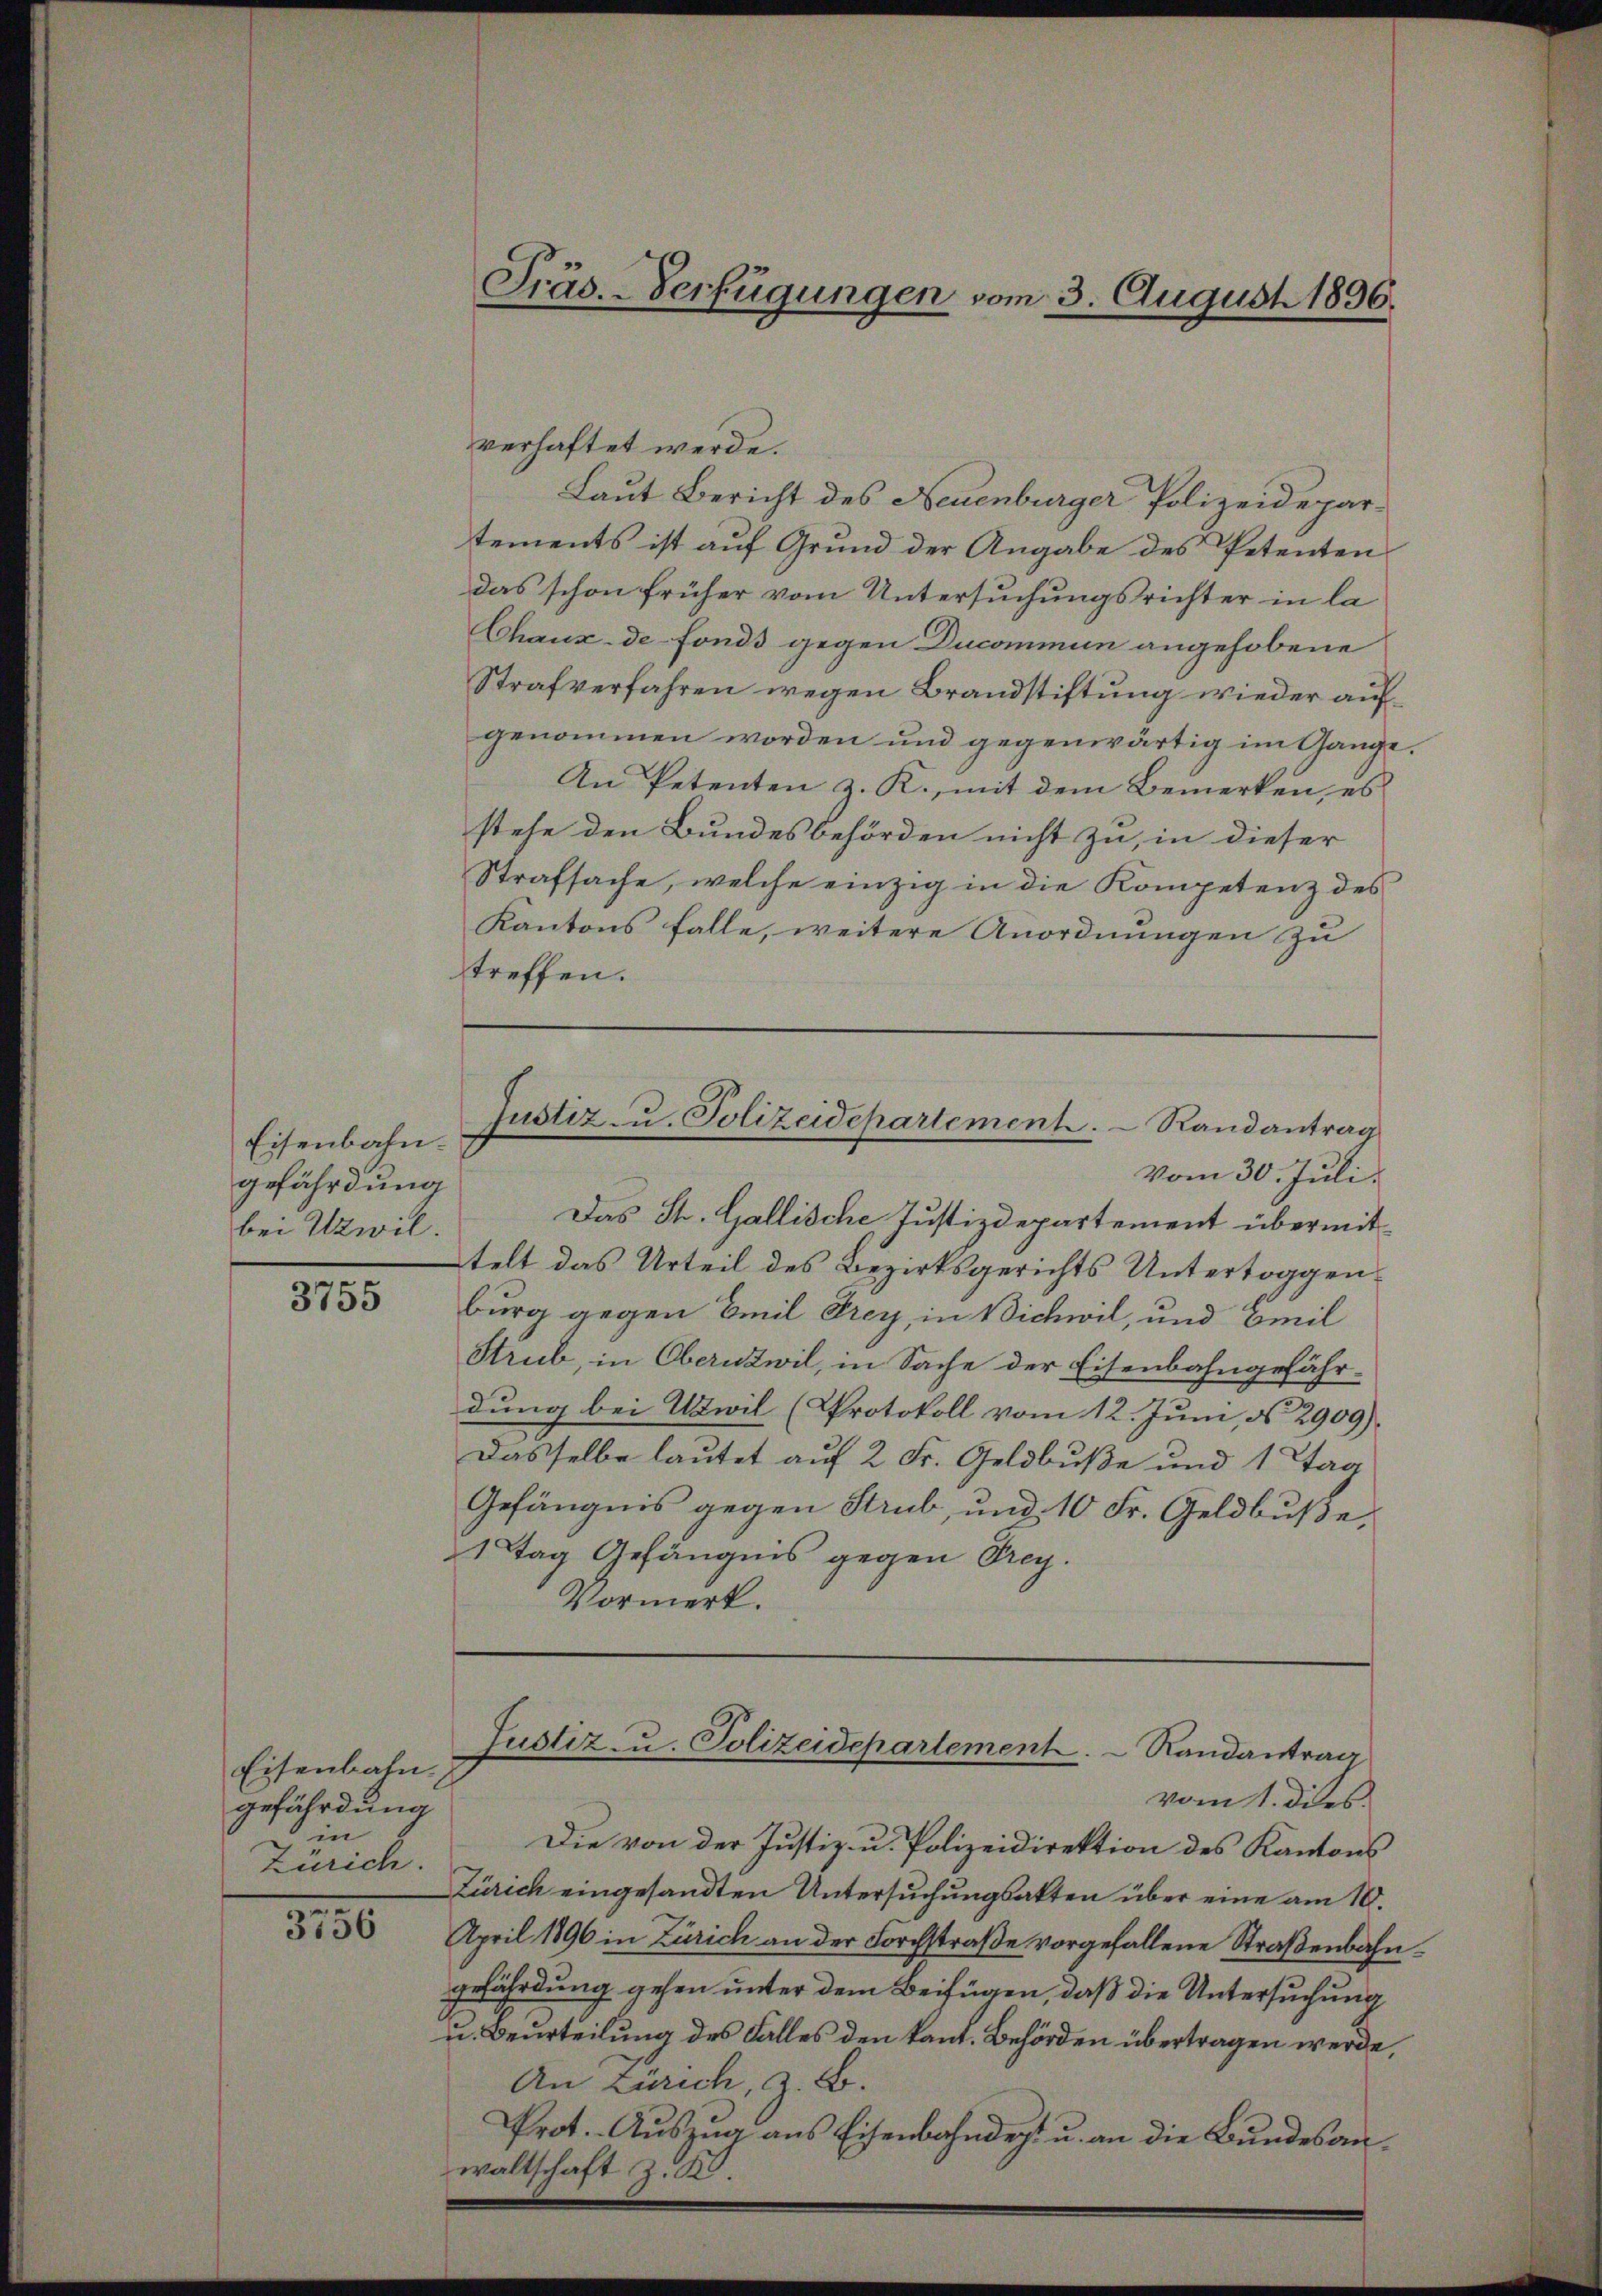
Eisenbahngefährdung
bei Uzwil.

3755

Eisenbahn.
gefährdung
in
Zürich.

3756

vom 30. Juli.
Das St. Gallische Justizdepartement übermit
telt das Urteil des Bezirksgerichts Untertoggenburg gegen Emil Frey, in Bichwil, und Emil
Strub, in Obernswil, in Sache der Eisenbahngefährdung bei Utwil (Protokoll vom 12. Juni, § 2909).
Dasselbe lautet auf 2 Fr. Geldbuße und 1 Tag
Gefängnis gegen Strub, und 10 Fr. Geldbuße,
1 Tag Gefängnis gegen Frey.
Vormerk.

verhaftet werde.
Laut Bericht des Neuenburger Polizeidepartements ist auf Grund der Angabe des Petenten
das schon früher vom Untersuchungsrichter in la
Chaux-de-Fonds gegen Ducommun angehobene
Strafverfahren wegen Brandstiftung wieder auf
genommen worden und gegenwärtig im Gange.
An Petenten z. R., mit dem Bemerken, es
stehe den Bundesbehörden nicht zu, in dieser
Strafsache, welche einzig in die Kompetenz des
Kantons falle, weitere Anordnungen zu
treffen.

Präs. - Verfügungen vom 3. August 1896.

Justiz zu. Polizeidepartement.  Randantrag

Justiz- u. Polizeidepartement
Randantrag

vom 1. dies
Die von der Justiz- u. Polizeidirektion des Kantons
Zürich eingesandten Untersuchungsakten über eine am 10.
April 1896 in Zürich an der Forchstraße vorgefallene Straßenbahngefährdung gehen unter dem Beifügen, daß die Untersuchung
u. Beurteilung des Falles den kant. Behörden übertragen werde,
An Zürich, z. B.
Prot. Auszug aus Eisenbahndert u. an die Bundesanwaltschaft zu 20